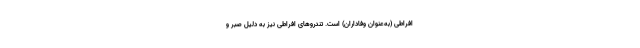
افراطی (به‌عنوان وفاداران) است. ‌تندروهای افراطی نیز به دلیل صبر و